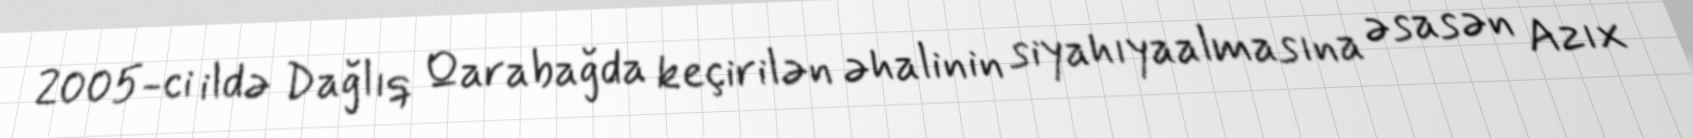
2005-ci ildə Dağlıq Qarabağda keçirilən əhalinin siyahıyaalmasına əsasən Azıx